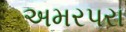
અમરપરા